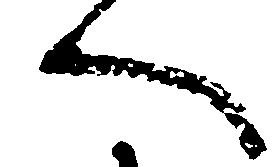
へ